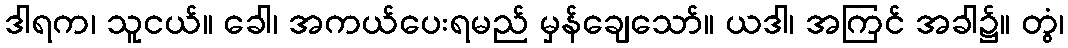
ဒါရက၊ သူငယ်။ ခေါ၊ အကယ်ပေးရမည် မှန်ချေသော်။ ယဒါ၊ အကြင် အခါ၌။ တွံ၊